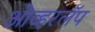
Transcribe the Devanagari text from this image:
ओव्हरलॅप